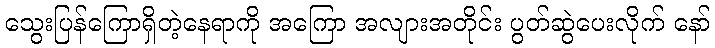
သွေးပြန်ကြောရှိတဲ့နေရာကို အကြော အလျားအတိုင်း ပွတ်ဆွဲပေးလိုက် နော်